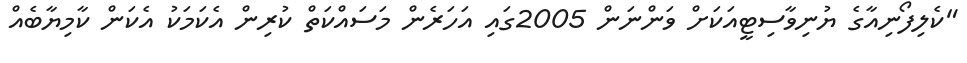
"ކެލިފޯނިއާގެ ޔުނިވާސިޓީއަކަށް ވަންނަން 2005ގައި އަހަރެން މަސައްކަތް ކުރިން އެކަމަކު އެކަން ކާމިޔާބެއް